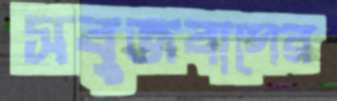
সবুজবাগের